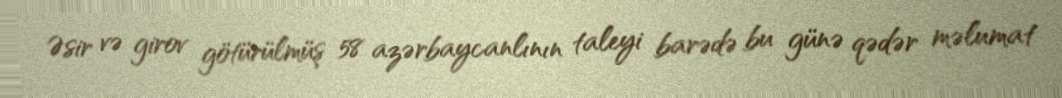
Əsir və girov götürülmüş 58 azərbaycanlının taleyi barədə bu günə qədər məlumat